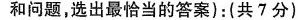
和问题,选出最恰当的答案):(共7分)